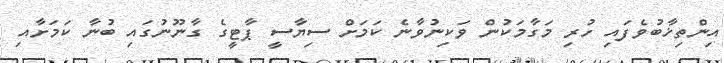
އިންތިޚާބުވެފައި ހުރި މަގާމަކުން ވަކިނުވާނެ ކަމަށް ސިޔާސީ ޕާޓީގެ ގާނޫނުގައި ބުނާ ކަމަށާއި